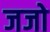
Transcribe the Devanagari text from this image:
जजो